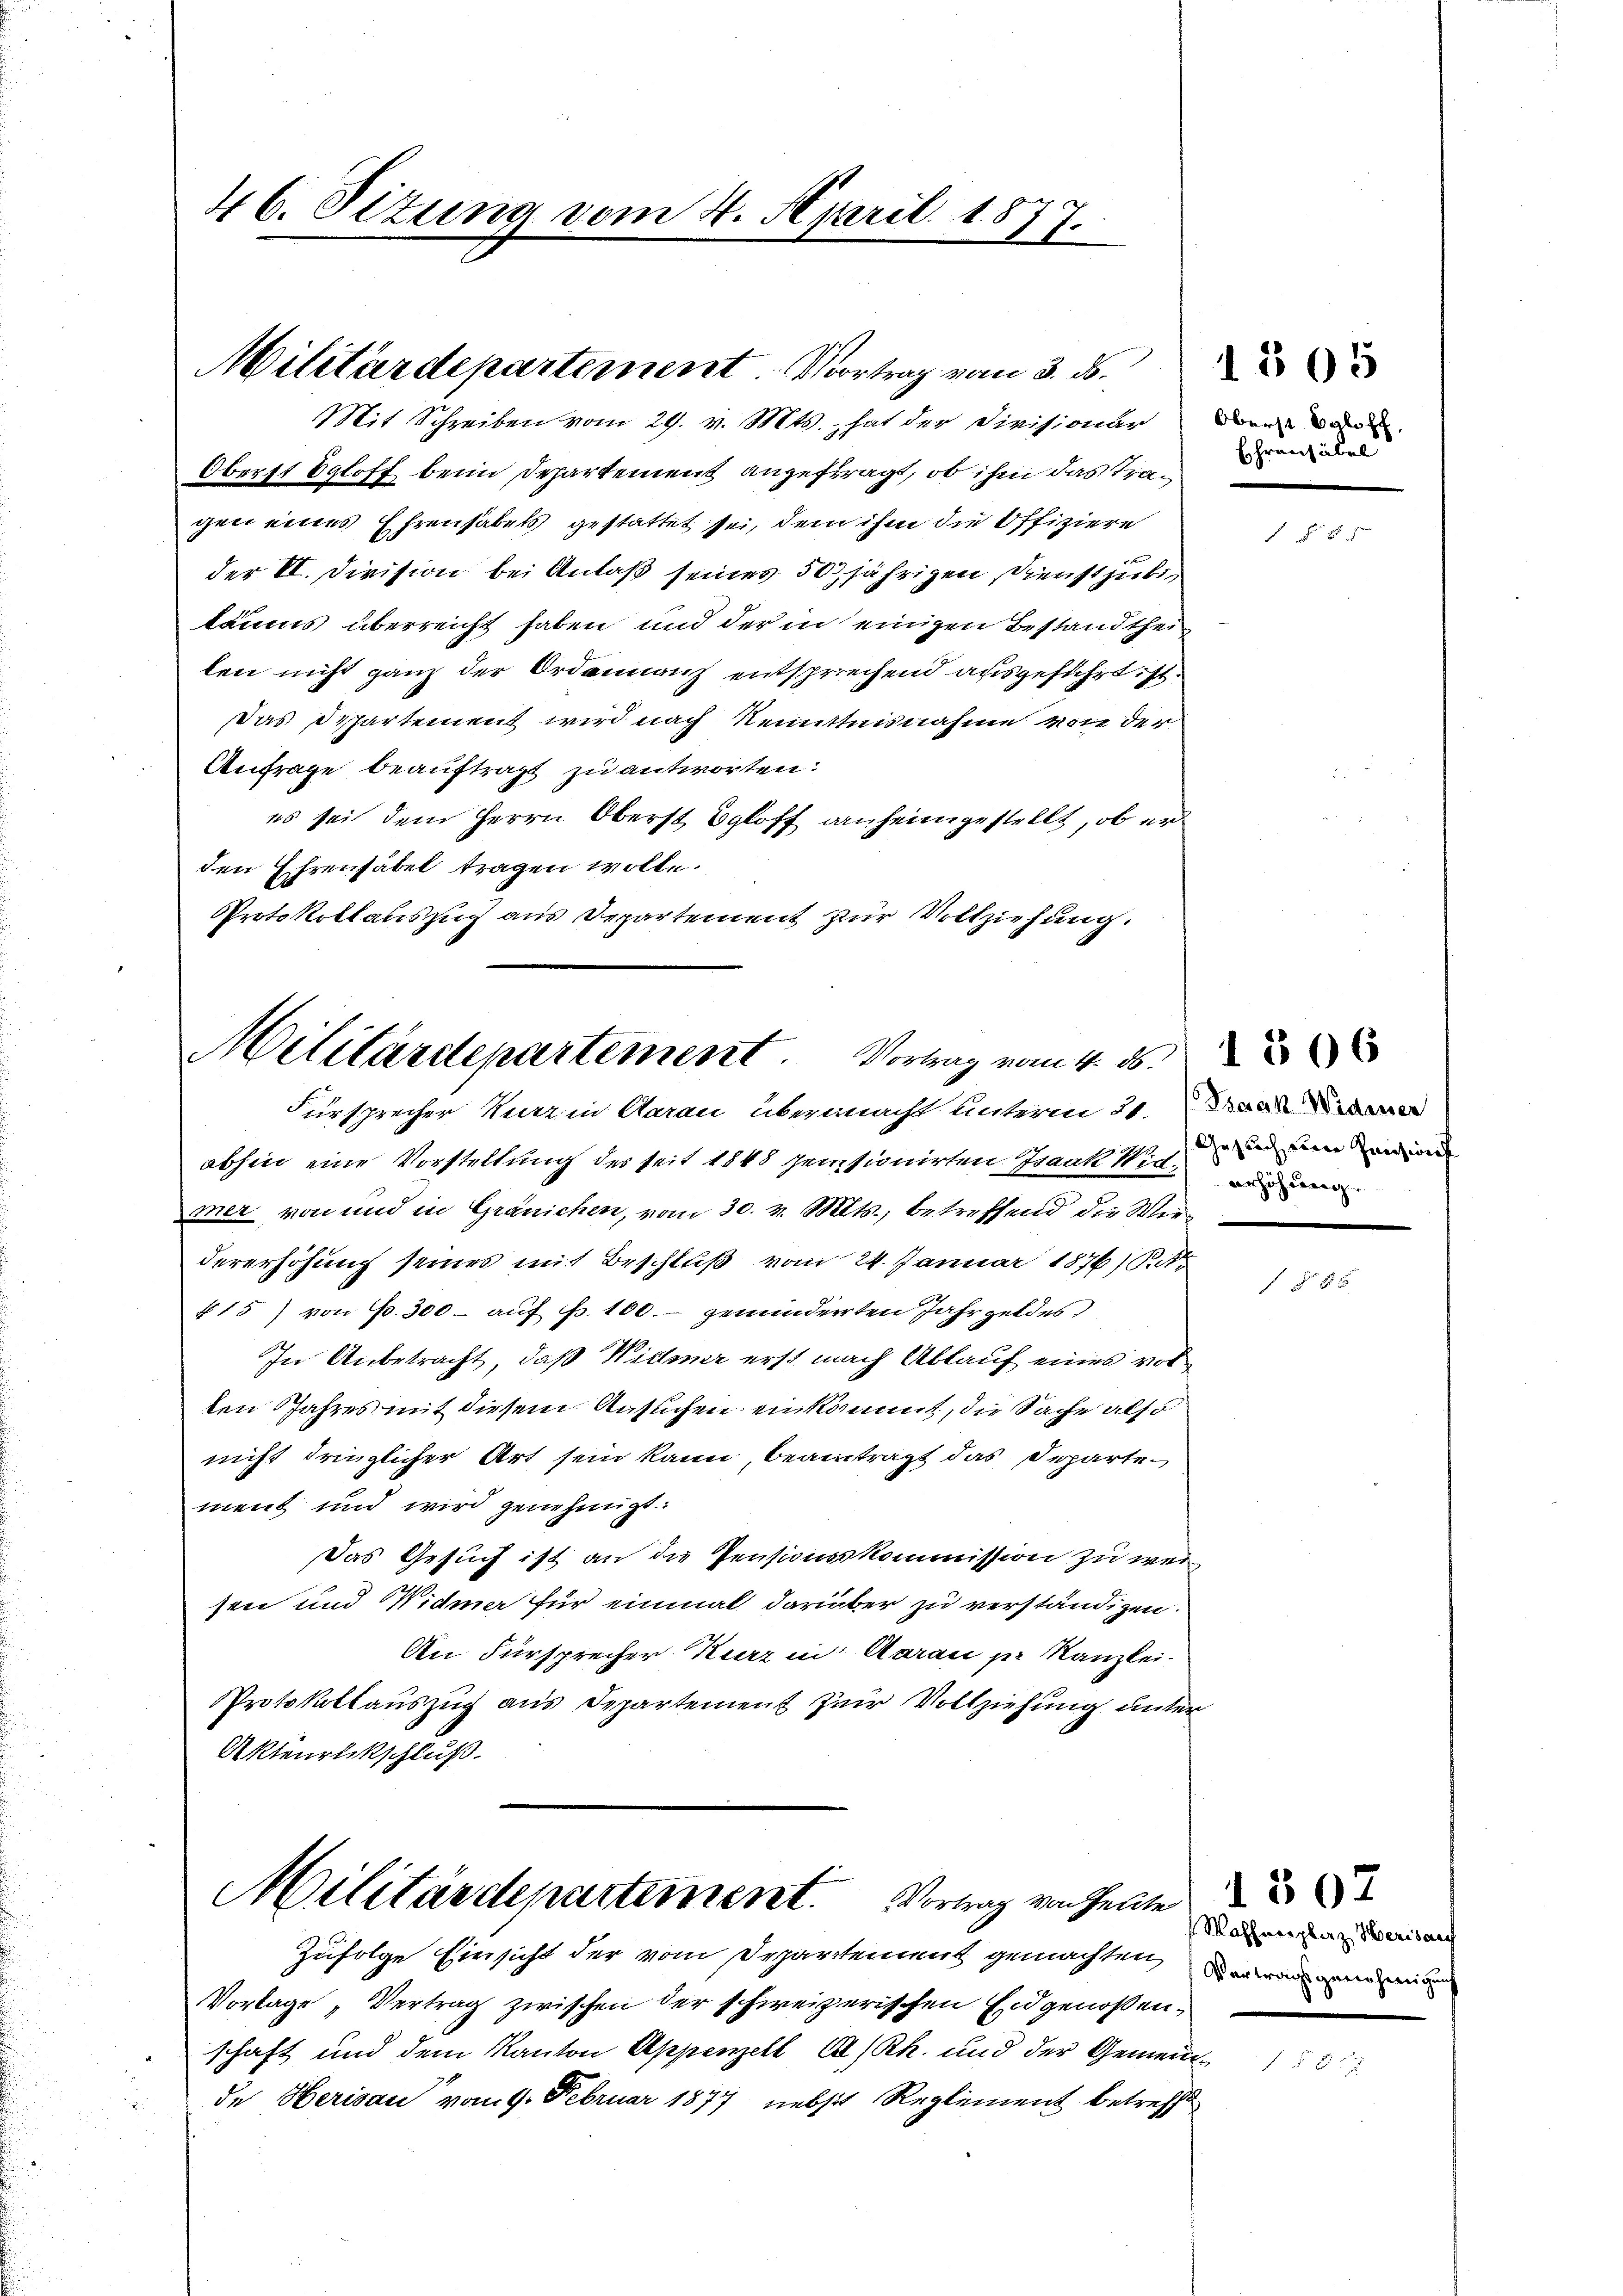
46. Sitzung vom 4. April 1877.
e

Oberst Egloff beim Departement angefragt, ob ihm das Tragen eines Ehrensabels gestattet sei, dem ihm die Offiziere
der VI. Division bei Anlaß seiner 50 jährigen Dienstücke
läums überreicht haben und der in einigen Bestandtheilen nicht ganz der Ordonnanz entsprechend ausgeführt ist.
Das Departement wird nach Kenntnisnahme von der
Anfrage beauftragt zu antworten:
es sei dem Herrn Oberst Egloff anheimgestellt, ob er
den Ehrensabel tragen wolle.
Protokollauszug aus Departement zur Vollziehung.

Militärdepartement. Vortrag vom 3. ds.
Mit Schreiben vom 29. v. Mts., hat der Civisionar

Militärdepartement. Vortrag vom 4. ds.

Oberst Egloff,
Ehrensabel

Fürsprecher Kurz in Aarau übermacht unterm 21. Darle
abhin eine Vorstellung des seit 1848 pensionirten Isaak Wide
mer von und in Gränichen, vom 30. v. Mts., betreffend die Wiedererhöhung seines mit Beschluß vom 24. Januar 1876/B.
15) von Fr. 300 - auf fr. 100.- genanderten Jahrgeldes
In Anbetracht, daß Widmer erst nach Ablauf eines vot
ten Jahres mit diesem Ansuchen einkommt, die Sache also
nicht dringlicher Art sein kann, beantragt das Separtement und wird genehmigt.
Das Gesuch ist an die Pensionskommission zu wei
sen und Widmer für einmal darüber zu verständigen.
An Fürsprecher Kurz in Aarau pr. Kanzlei-
Protokollauszug aus Departement zur Vollziehung unter
Akteurlikschluß.
Militärdepartement. Vortrag von hellte
Zufolge Einsicht der vom Departement gemachten, wie eine
Vorlage „Vertrag zwischen der schweizerischen Eidgenoßen,
schaft und dem Kanton Appenzell A/Rh. und der Gemeindde Herisau vom 9. Februar 1877 nebst Reglement betreffe

1505

Gesuch eine Pension

§8x

Waffenplaz Herisau